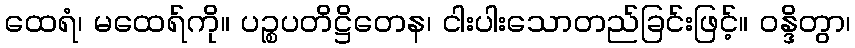
ထေရံ၊ မထေရ်ကို။ ပဉ္စပတိဋ္ဌိတေန၊ ငါးပါးသောတည်ခြင်းဖြင့်။ ဝန္ဒိတွာ၊